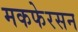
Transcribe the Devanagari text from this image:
मकफेरसन